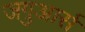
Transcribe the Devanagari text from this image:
जगुआर्स